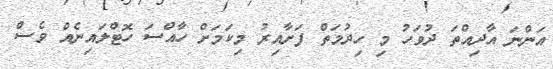
އަންނަ އާދިއްތަ ދުވަހު މި ހިދުމަތް ފަށާއިރު މިކަމަށް ހާއްސަ ހޮޓްލައިނެއް ވެސް